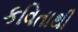
કવિતાથી